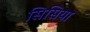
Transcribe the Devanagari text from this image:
सिसिया